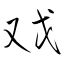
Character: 戏